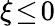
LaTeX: \xi\! \le\! 0